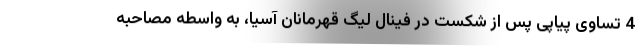
4 تساوی پیاپی پس از شکست در فینال لیگ قهرمانان آسیا، به واسطه مصاحبه